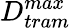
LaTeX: D_{tram}^{max}